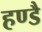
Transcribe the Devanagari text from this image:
हण्डै